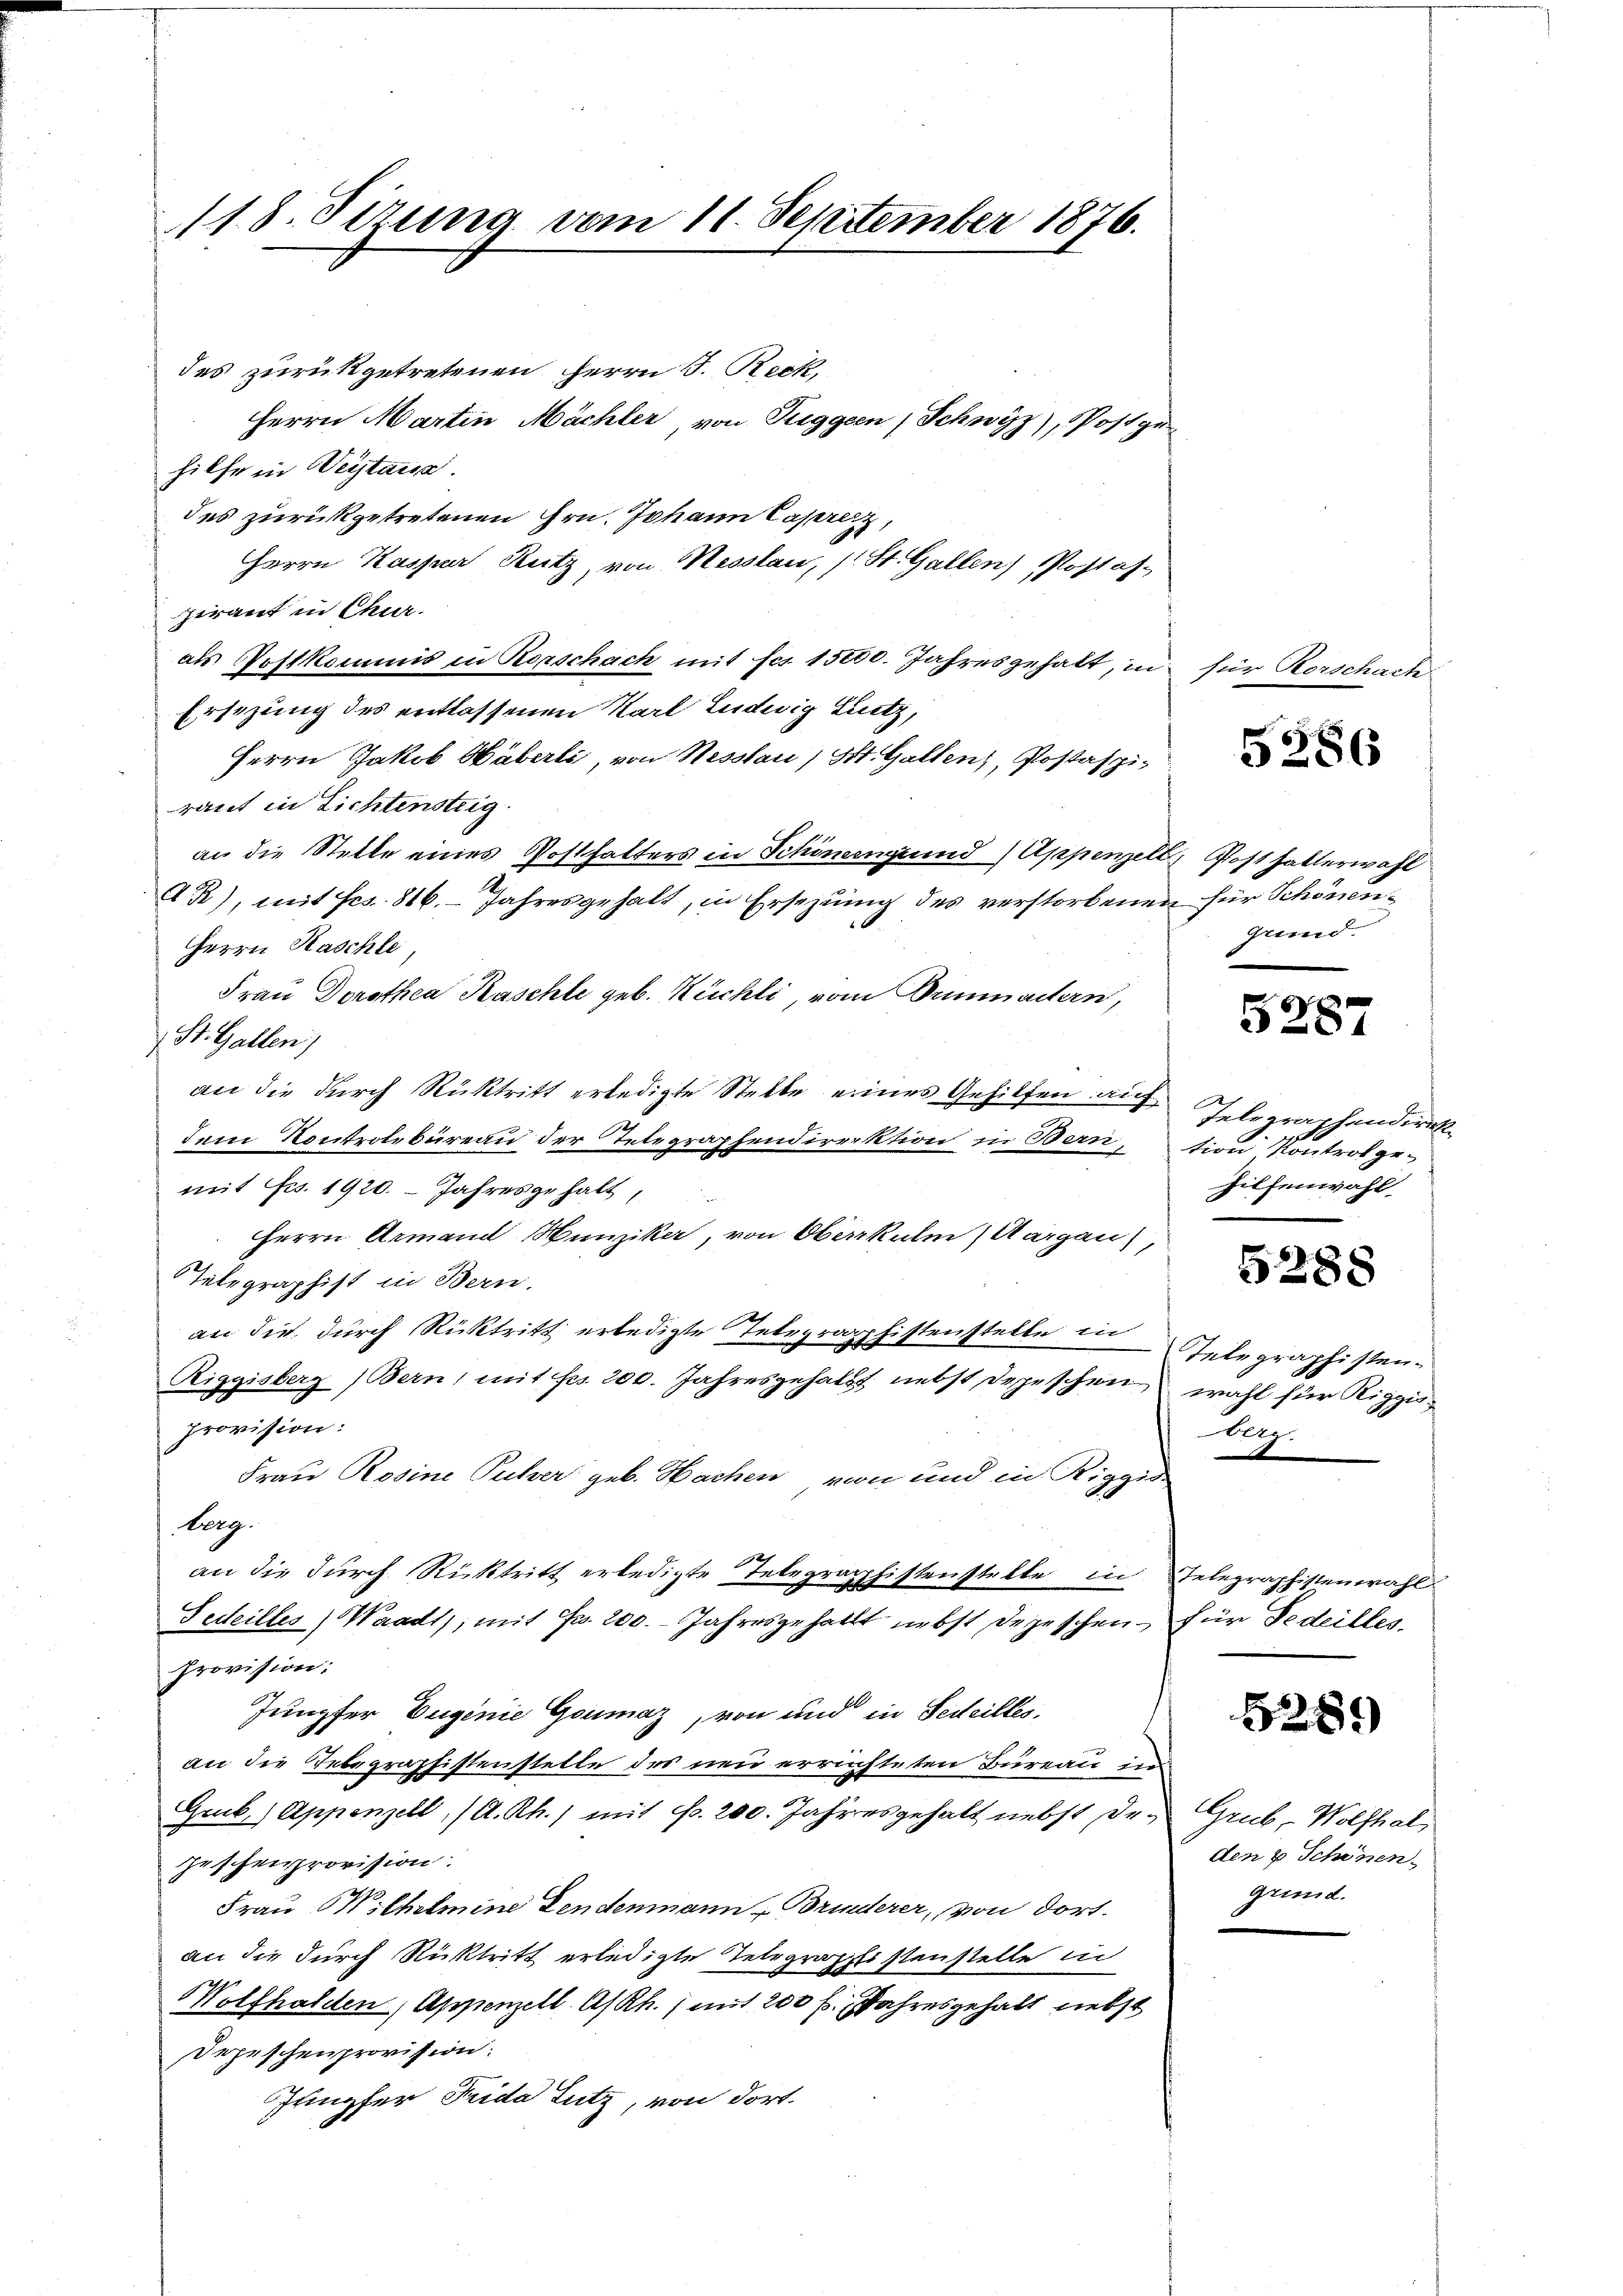
118. Sizung vom 11. September 1876.

des zurückgetretenen Herrn J. Reck,
Herrn Martin Mächler von Tuggen, Schwyz), Postg
hilfe in Weistanz.
des zurückgetretenen Hrn. Johann Cassetz
Herrn Kaspar Rutz, von Hesslau, (: St. Gallen Postaf
zirant in Chur.
als Postkommis in Rorschach mit fcs. 15000. Jahresgehalt, in
Ersezung des entlassenen Karl Ludwig Lutz,
Herrn Jakob Häberli, von Hesslau, St. Gallenz, Postaspiraut in Lichtensteig
an die Stelle eines Posthalters in Schönengrund) Appenzele
AR), mit Frs. 816. Jahresgehalt, in Ersezung des verstorbene
Herrn Kaschle,
Frau Dorothea Kaschli geb. Kuchli vom Summachern,
St. Gallen)
an die durch Rücktritt erledigte Stelle eines Gehilfen auf
dem Kontrolbureau der Telegrapfendirektion in Bern,
mit Frs. 1920. Jahresgehalt,
Herrn Armand Munzika, von Oberkulm (Aargau),
Telegraphist in Bern.
an die durch Rücktritt erledigte Telegrapphistenstelle in
Riggisberg (Bern, mit fes. 200. Jahresgehalt nebst Depeschen
Provision:
Frau Rosine Pulver geb. Nachen, von und in Riggis-
berg.
an die durch Rücktritt erledigte Telegraphistenstelle in
Sedeilles Waadt, mit Fr. 200. Jahresgehallt nebst Depeschen
Provision:
Jungfer Eugenie Goumaz, von und in Seiteiltes
an die Telegraphistenstelle des neu errichteten Bureau in
Guck) Appenzell (A.Rh.) mit Fr. 200. Jahres gehalt nebst De¬
Zeschenprovision:
Frau Wilhelmine Zendenmann Brinderer, von dort.
an die durch Rücktritt erledigte Telegrapplistenstelle in
Wolfhalden, Appenzell A/Rh., mit 200 f. Jahresgehalt nebst
Depeschenprovision.
Irupfer Frida Lutz, von dort.

für Rorschach

5286

7. Post hatterwahl
n für Schönen.
grund.

6
84

A
fele prachendirek
tion Kontrol ge¬
Hilfenwahl.

5288

Telegraphisten.
wahl für Riggis
berg.

Telegraphistenwahl
für Fedeilles.

5251

Grub-Wolfhal
den 8 Schönen.
grind.